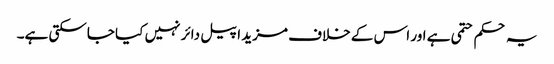
یہ حکم حتمی ہے اور اس کے خلاف مزید اپیل دائر نہیں کیا جاسکتی ہے۔